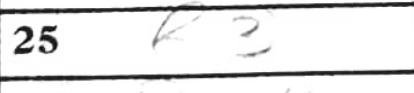
Transcription: b3